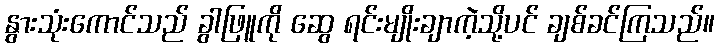
နွားသုံးကောင်သည် ခွါဖြူကို ဆွေ ရင်းမျိုးချာကဲ့သို့ပင် ချစ်ခင်ကြသည်။